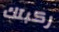
ركبتك